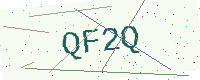
Text: QF2Q